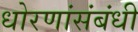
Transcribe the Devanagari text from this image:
धोरणांसंबंधी